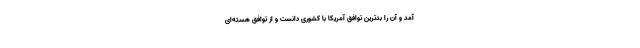
آمد و آن را بدترین توافق آمریکا با کشوری دانست و از توافق هسته‌ای